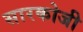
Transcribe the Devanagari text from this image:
सारकोजी